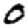
Digit: 0